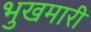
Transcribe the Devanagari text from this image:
भुखमारी